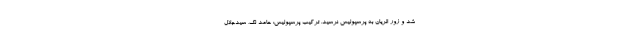
شد و زور الریان به پرسپولیس نرسید. ترکیب پرسپولیس: حامد لک، سیدجلال